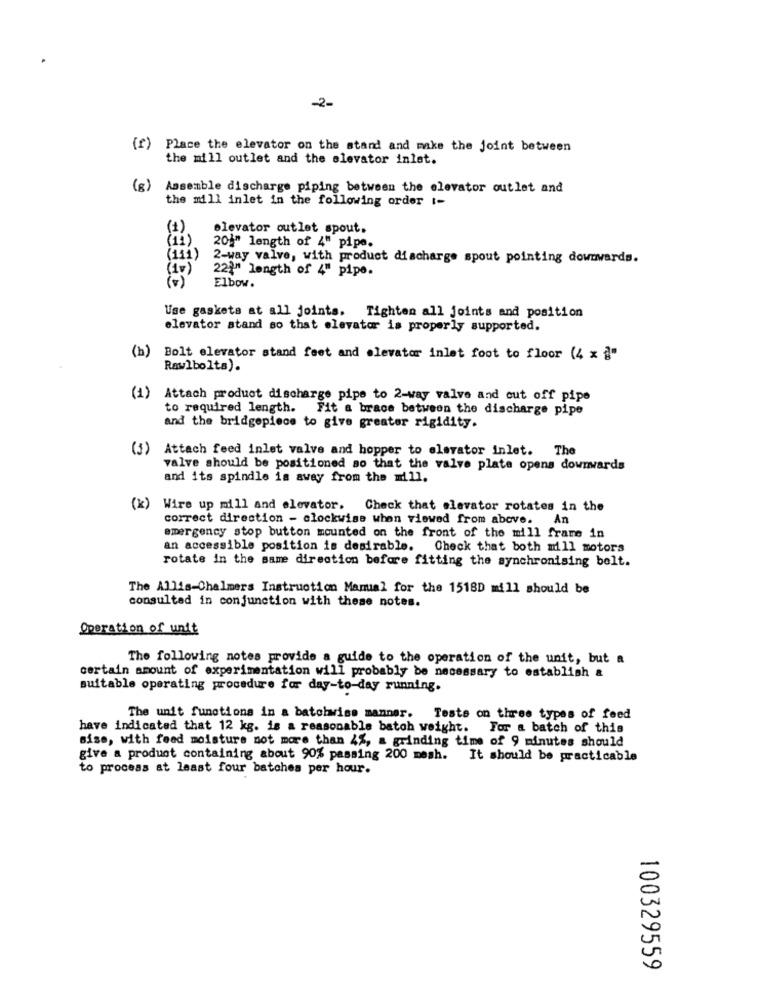
-2-
(f) Place the elevator on the stand and make the joint between
the mill outlet and the elevator inlet.
(8)
Assemble discharge piping between the elevator outlet and
the mill inlet in the following order t-
(1)
elevator outlet spout.
201" length of 4" pipe.
(111)
2-way valve, with product discharge spout pointing downwards.
(1v)
22)" length of 4" pipe.
Elbow.
Use gaskets at all joints. Tighten all joints and position
elevator atand so that elevator is properly supported.
(h)
Bolt elevator stand feet and elevator inlet foot to floor (4 x ]"
Raw lbolts).
(1)
Attach product discharge pipe to 2-way valve and cut off pipe
to required length. Fit a brace between the discharge pipe
and the bridgepiece to give greater rigidity.
(1)
Attach feed inlet valve and hopper to elevator inlet. The
valve should be positioned so that the valve plate opens downwards
and its spindle is away from the mill.
(k) Wire up mill and elevator. Check that elevator rotates in the
correct direction - clockwise when viewed from above.
emergency stop button mounted on the front of the mill frame in
an accessible position is desirable. Check that both mill motors
rotate in the same direction before fitting the synchronising belt.
The Allis-Chalmers Instruction Manual for the 1518D mill should be
consulted in conjunction with these notes.
Operation of unit
The following notes provide a guide to the operation of the unit, but a
certain amount of experimentation will probably be necessary to establish &
suitable operating procedure for day-to-day running.
The unit functions in a batohwise manner. Tests on three types of feed
have indicated that 12 kg. is a reasonable batoh weight. For a batch of this
sise, with feed moisture not more than 4%, a grinding time of 9 minutes should
give a product containing about 90% passing 200 mesh. It should be practicable
to process at least four batches per hour.
100329559